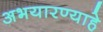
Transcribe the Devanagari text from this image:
अभयारण्याहे